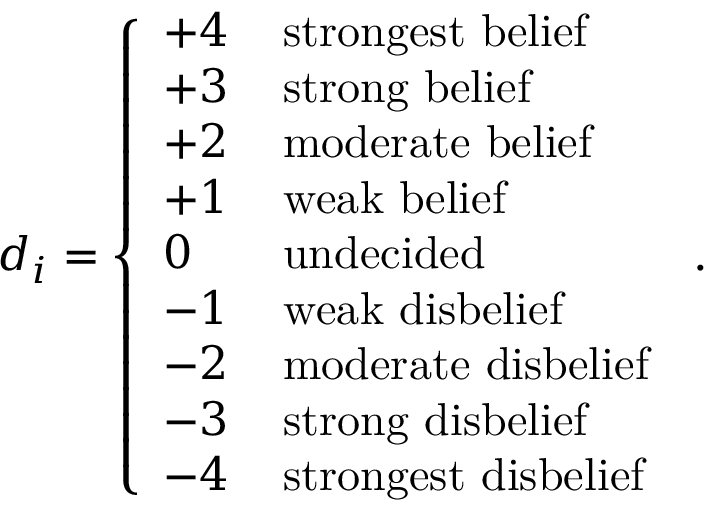
d _ { i } = \left\{ \begin{array} { l l } { + 4 \, } & { \mathrm { s t r o n g e s t ~ b e l i e f } } \\ { + 3 \, } & { \mathrm { s t r o n g ~ b e l i e f } } \\ { + 2 \, } & { \mathrm { m o d e r a t e ~ b e l i e f } } \\ { + 1 \, } & { \mathrm { w e a k ~ b e l i e f } } \\ { 0 \, } & { \mathrm { u n d e c i d e d } } \\ { - 1 \, } & { \mathrm { w e a k ~ d i s b e l i e f } } \\ { - 2 \, } & { \mathrm { m o d e r a t e ~ d i s b e l i e f } } \\ { - 3 \, } & { \mathrm { s t r o n g ~ d i s b e l i e f } } \\ { - 4 \, } & { \mathrm { s t r o n g e s t ~ d i s b e l i e f } } \end{array} \right. \, .